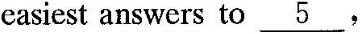
easiest answers to \underline{5},